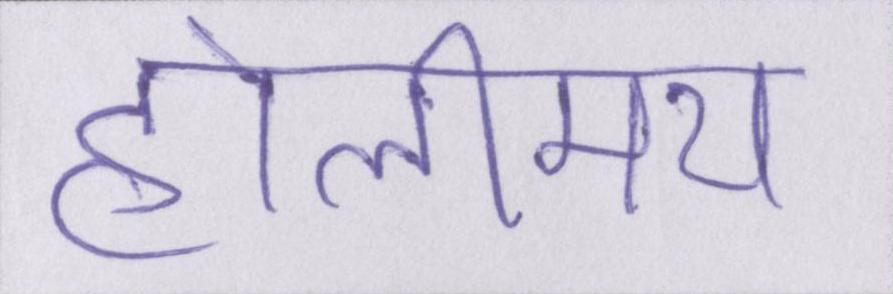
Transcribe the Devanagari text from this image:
होलीमय